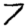
Digit: 7